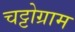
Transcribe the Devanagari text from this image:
चट्टोग्राम